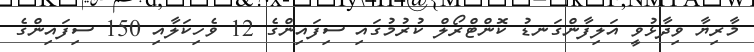
މާރިޔާ ވިދާޅުވީ އަލިފާންގަނޑު ކޮންޓްރޯލް ކުރުމުގައި ސިފައިންގެ 12 ވެހިކަލާއި 150 ސިފައިންގެ